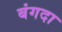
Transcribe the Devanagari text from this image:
बंगदा